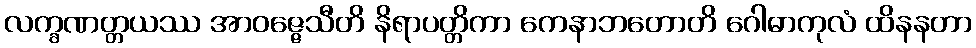
လက္ခဏတ္တယဿ အာဝဇ္ဇေသီတိ နိရာပတ္တိကာ ကေနာဘတောတိ ဂေါဓာကုလံ ထိနနတာ